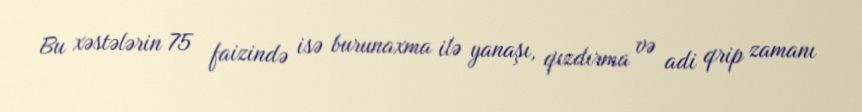
Bu xəstələrin 75 faizində isə burunaxma ilə yanaşı, qızdırma və adi qrip zamanı